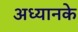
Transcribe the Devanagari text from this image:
अध्यानके